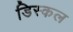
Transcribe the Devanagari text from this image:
डिस्कल